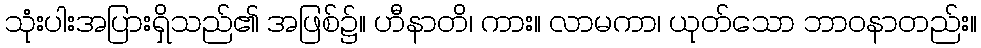
သုံးပါးအပြားရှိသည်၏ အဖြစ်၌။ ဟီနာတိ၊ ကား။ လာမကာ၊ ယုတ်သော ဘာဝနာတည်း။